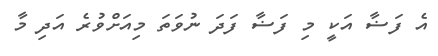
އެ ފަޟާ އަކީ މި ފަޟާ ފަދަ ނުވަތަ މިއަށްވުރެ އަދި މާ